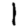
Digit: 1